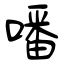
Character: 噃